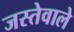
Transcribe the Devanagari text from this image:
जस्तेवाले